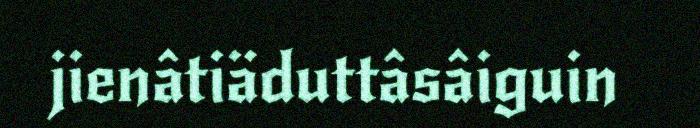
jienâtiäduttâsâiguin